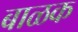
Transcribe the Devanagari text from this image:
बाळक